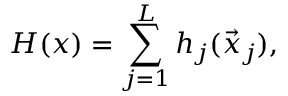
H ( x ) = \sum _ { j = 1 } ^ { L } h _ { j } ( \vec { x } _ { j } ) ,